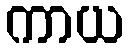
ကာယ